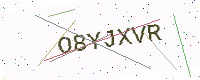
Text: O8YJXVR